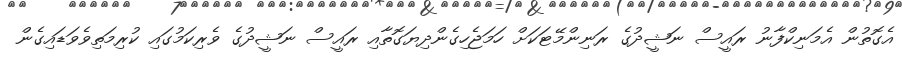
އެގޮތުން އެމަނިކްފާނު ރައީސް ނަޝީދުގެ ރަނިންމޭޓަކަށް ހަމަޖެހިގެންދިޔަގޮތާއި ރައީސް ނަޝީދުގެ ވެރިކަމުގައި ކުރިމަތިވެވަޑައިގެން